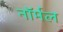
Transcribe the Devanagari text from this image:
नाॅर्मल